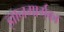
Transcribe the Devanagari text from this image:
ज्ञानमार्गका